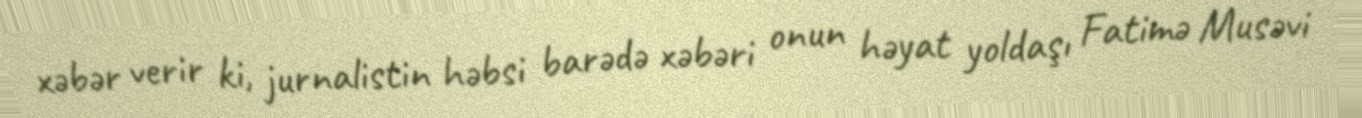
xəbər verir ki, jurnalistin həbsi barədə xəbəri onun həyat yoldaşı Fatimə Musəvi